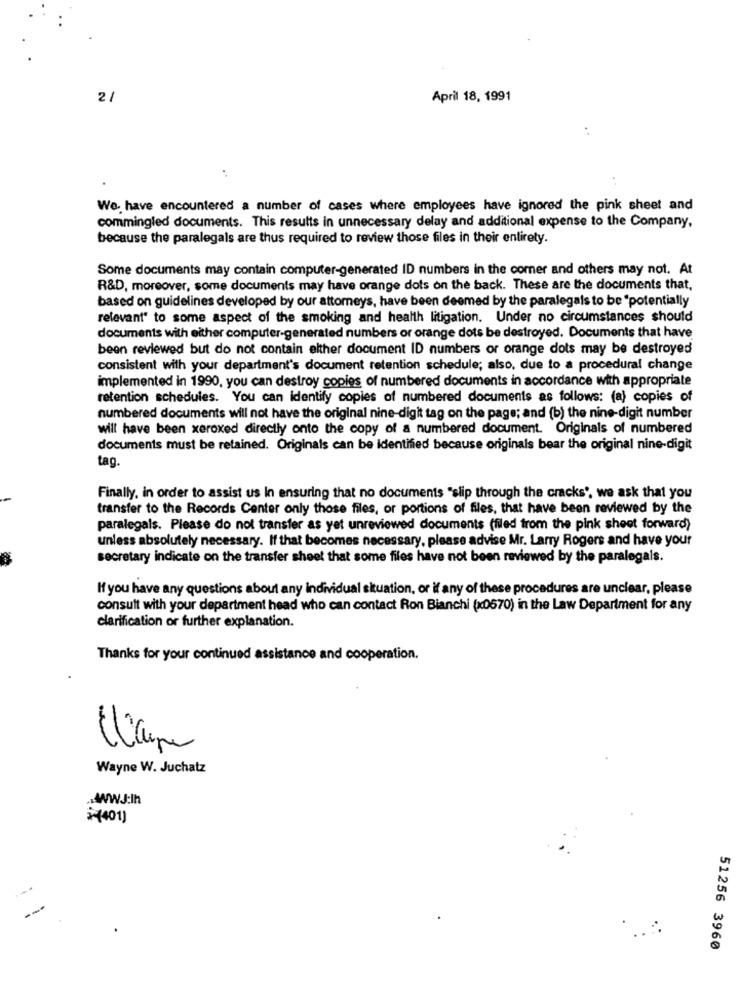
2/
April 18, 1991
:
We. have encountered a number of cases where employees have ignored the pink sheet and
commingled documents. This results in unnecessary delay and additional expense to the Company,
because the paralegals are thus required to review those files in their entirety.
Some documents may contain computer-generated ID numbers in the corner and others may not. At
R&D, moreover, some documents may have orange dots on the back. These are the documents that,
based on guidelines developed by our attorneys, have been deemed by the paralegals to be "potentially
relevant" to some aspect of the smoking and health litigation. Under no circumstances should
documents with either computer-generated numbers or orange dots be destroyed. Documents that have
been reviewed but do not contain elther document ID numbers or orange dots may be destroyed
consistent with your department's document retention schedule; also, due to a procedural change
implemented in 1990, you can destroy copies of numbered documents in accordance with appropriate
retention schedules. You can identify copies of numbered documents as follows: (a) copies of
numbered documents will not have the original nine-digit tag on the page; and (b) the nine-digit number
will have been xeroxed directly onto the copy of a numbered document. Originals of numbered
documents must be retained. Originals can be identified because originals bear the original nine-digit
tag
Finally, in order to assist us In ensuring that no documents "slip through the cracks', we ask that you
transfer to the Records Center only those files, or portions of files, that have been reviewed by the
paralegals. Please do not transfer as yet unreviewed documents (filed from the pink sheet forward)
unless absolutely necessary. If that becomes necessary, please advise Mr. Larry Rogers and have your
secretary indicate on the transfer sheet that some files have not been reviewed by the paralegals.
If you have any questions about any individual situation, or if any of these procedures are unclear, please
consult with your department head who can contact Ron Bianchi (x0670) in the Law Department for any
clarification or further explanation.
Thanks for your continued assistance and cooperation.
Wayne W. Juchatz
WWJ:lh
+(401)
51256 3960